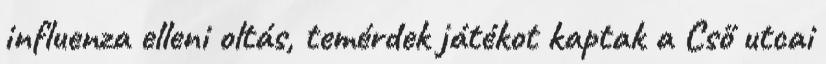
influenza elleni oltás, temérdek játékot kaptak a Cső utcai